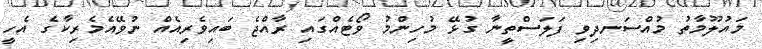
މައުލޫމާތު މުއްސަނދިވި ފަލަސްތީނާ ގުޅޭ މުހިންމު ވޯޓެއްގައި ރާއްޖެ ބައިވެރިއެއް ނުވޭއެމެރިކާގެ އެހީ